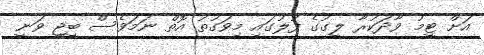
އަށް ޓީމު ވާދަކުރާ ލީގުގެ ފުލުގައި މިވަގުތު އޮތް ނަމަވެސް ބީޖީ ވަނީ